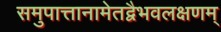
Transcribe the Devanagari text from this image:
समुपात्तानामेतद्वैभवलक्षणम्